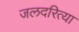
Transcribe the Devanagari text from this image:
जलदरित्या